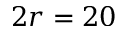
2 r = 2 0